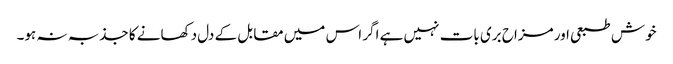
خوش طبعی اور مزاح بری بات نہیں ہے اگر اس میں مقابل کے دل دکھانے کا جذبہ نہ ہو۔